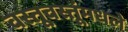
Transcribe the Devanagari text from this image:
वस्तूवस्तूंमधले